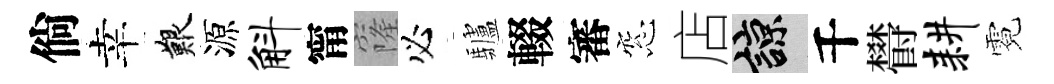
倘幸艱源斛甯窿必驢輟審窓店諒千欎耕霓